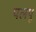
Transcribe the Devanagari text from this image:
पलपू